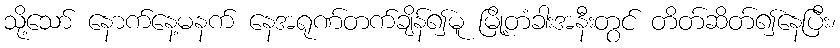
သို့သော် နောက်နေ့မနက် နေအရုဏ်တက်ချိန်၍မူ မြို့တံခါးအနီးတွင် တိတ်ဆိတ်၍နေပြီး၊